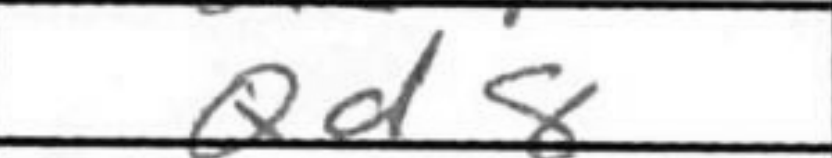
Transcription: Qd8